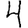
Digit: 4